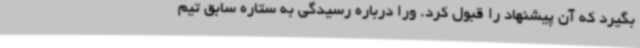
بگیرد که آن پیشنهاد را قبول کرد. ورا درباره رسیدگی به ستاره سابق تیم